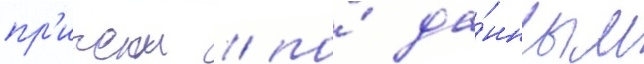
пр'ичем / по́ да́нным